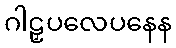
ဂါဠှပလေပနေန